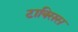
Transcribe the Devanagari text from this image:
टाक्सिस